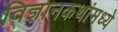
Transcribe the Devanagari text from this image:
विज्ञानकथांमध्ये